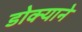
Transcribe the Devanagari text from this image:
डोक्याने